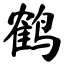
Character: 鹤